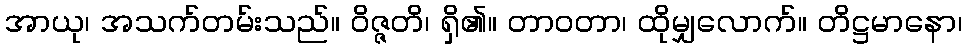
အာယု၊ အသက်တမ်းသည်။ ဝိဇ္ဇတိ၊ ရှိ၏။ တာဝတာ၊ ထိုမျှလောက်။ တိဋ္ဌမာနော၊